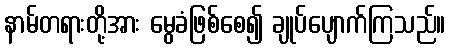
နာမ်တရားတို့အား မွေခံဖြစ်စေ၍ ချုပ်ပျောက်ကြသည်။